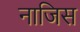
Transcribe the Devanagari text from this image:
नाजिस